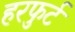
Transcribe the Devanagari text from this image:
हरफुर्ट